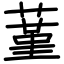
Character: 蓳